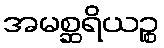
အမစ္ဆရိယဉ္စ